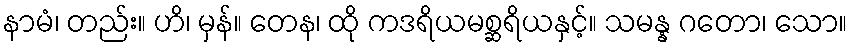
နာမံ၊ တည်း။ ဟိ၊ မှန်။ တေန၊ ထို ကဒရိယမစ္ဆရိယနှင့်။ သမန္န ဂတော၊ သော။